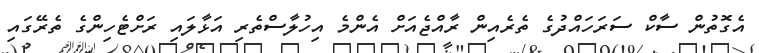
އެގޮތުން ސާކް ސަރަހައްދުގެ ތެރެއިން ރާއްޖެއަށް އެންމެ އިހުލާސްތެރި އަޅާލައި ރަށްޓެހިންގެ ތެރޭގައި